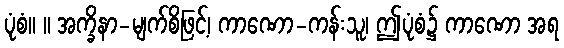
ပုံစံ။ ။ အက္ခိနာ-မျက်စိဖြင့်၊ ကာဏော-ကန်းသူ၊ ဤပုံစံ၌ ကာဏော အရ